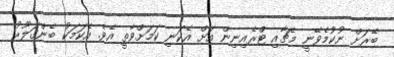
ބޭރަށް ނުކުމެވޭނީ މެޗާއި ޓްރެއިނިން އަށް އެކަނި ކަމަށްވާތީ އެވެ. އެކަމަކު ބެންގަލޫރު